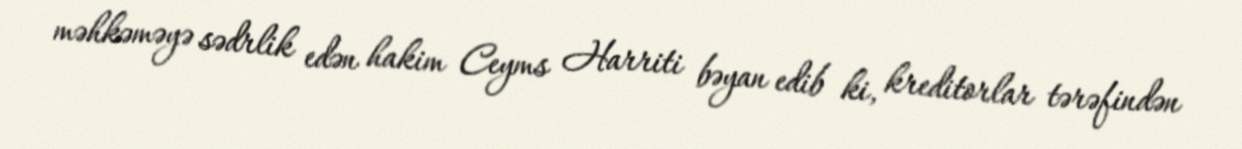
məhkəməyə sədrlik edən hakim Ceyms Harriti bəyan edib ki, kreditorlar tərəfindən